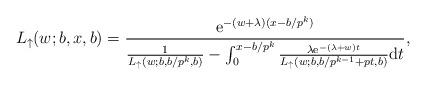
LaTeX: \begin{align*}L_{\uparrow}(w;b,x,b) = \frac{\mathrm{e}^{-(w+\lambda) (x-b/p^k)}}{\frac{1}{L_{\uparrow}(w;b,b/p^k,b)} - \int_0^{x-b/p^k} \frac{\lambda \mathrm{e}^{-(\lambda+w ) t}}{L_{\uparrow}(w;b,b/p^{k-1} + pt,b)}\mathrm{d}t},\end{align*}